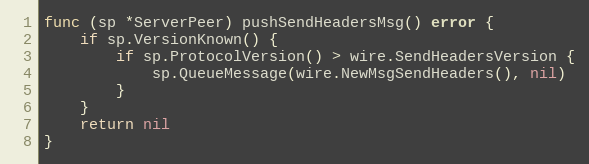
Language: Go
func (sp *ServerPeer) pushSendHeadersMsg() error {
	if sp.VersionKnown() {
		if sp.ProtocolVersion() > wire.SendHeadersVersion {
			sp.QueueMessage(wire.NewMsgSendHeaders(), nil)
		}
	}
	return nil
}